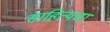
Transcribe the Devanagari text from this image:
साहित्यचा